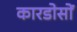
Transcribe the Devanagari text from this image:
कारडोसों